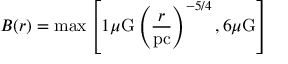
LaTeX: B ( r ) = \mathrm { m a x } \left[ 1 \mu \mathrm { G } \left( \frac { r } { \mathrm { p c } } \right) ^ { - 5 / 4 } , 6 \mu \mathrm { G } \right]